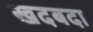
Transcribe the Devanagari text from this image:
खदबदा